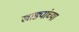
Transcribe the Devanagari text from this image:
खाड्यांच्या